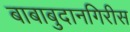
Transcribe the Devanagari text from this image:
बाबाबुदानगिरीस